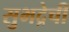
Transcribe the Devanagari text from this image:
सुभद्रेची